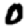
Digit: 0